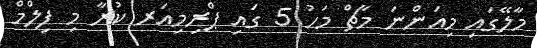
މާލޭގައި މިއަންނަ މާޗް މަހު 5 ގައި ޕްރިމިއަރ ކުރާ މި ފިލްމް